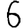
Digit: 6